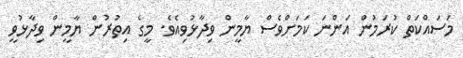
މަސައްކަތް ކުރަމުން އަންނަ ކަމަށްވެސް ޔާމީން ވިދާޅުވިއެވެ. މީގެ އިތުރުން ޔާމީން ވިދާޅުވީ